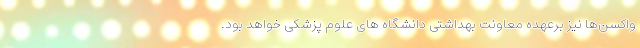
واکسن‌ها نیز برعهده معاونت بهداشتی دانشگاه های علوم پزشکی خواهد بود.